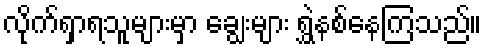
လိုက်ရှာရသူများမှာ ချွေးများ ရွှဲနစ်နေကြသည်။